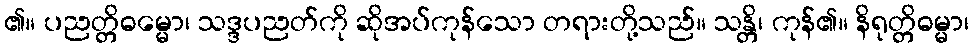
၏။ ပညတ္တိဓမ္မော၊ သဒ္ဒပညတ်ကို ဆိုအပ်ကုန်သော တရားတို့သည်။ သန္တိ၊ ကုန်၏။ နိရုတ္တိဓမ္မာ၊